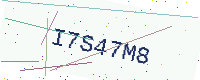
Text: I7S47M8